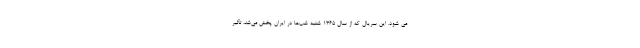
می شود. این سریال که از سال ۱۳۶۵ شنبه شب‌ها در ایران پخش می‌شد، تأثیر